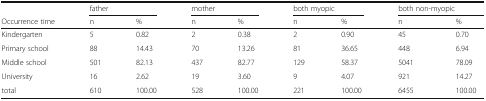
<table><thead><tr><td></td><td colspan="2"><b>father</b></td><td colspan="2"><b>mother</b></td><td colspan="2"><b>both myopic</b></td><td colspan="2"><b>both non-myopic</b></td></tr><tr><td><b>Occurrence time</b></td><td><b>n</b></td><td><b>%</b></td><td><b>n</b></td><td><b>%</b></td><td><b>n</b></td><td><b>%</b></td><td><b>n</b></td><td><b>%</b></td></tr></thead><tbody><tr><td>Kindergarten</td><td>5</td><td>0.82</td><td>2</td><td>0.38</td><td>2</td><td>0.90</td><td>45</td><td>0.70</td></tr><tr><td>Primary school</td><td>88</td><td>14.43</td><td>70</td><td>13.26</td><td>81</td><td>36.65</td><td>448</td><td>6.94</td></tr><tr><td>Middle school</td><td>501</td><td>82.13</td><td>437</td><td>82.77</td><td>129</td><td>58.37</td><td>5041</td><td>78.09</td></tr><tr><td>University</td><td>16</td><td>2.62</td><td>19</td><td>3.60</td><td>9</td><td>4.07</td><td>921</td><td>14.27</td></tr><tr><td>total</td><td>610</td><td>100.00</td><td>528</td><td>100.00</td><td>221</td><td>100.00</td><td>6455</td><td>100.00</td></tr></tbody></table>